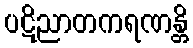
ပဋိညာတကရဏန္တိ